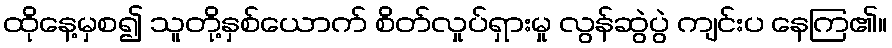
ထိုနေ့မှစ၍ သူတို့နှစ်ယောက် စိတ်လှုပ်ရှားမှု လွန်ဆွဲပွဲ ကျင်းပ နေကြ၏။